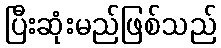
ပြီးဆုံးမည်ဖြစ်သည်